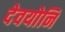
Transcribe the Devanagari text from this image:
देवयोनि